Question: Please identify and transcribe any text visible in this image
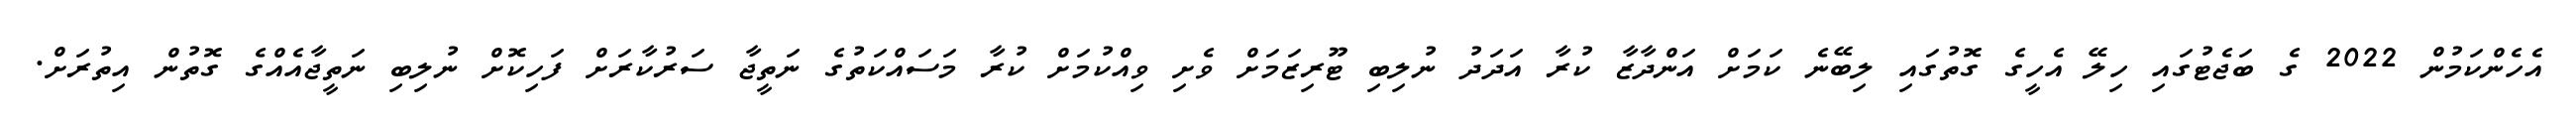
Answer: އެހެންކަމުން 2022 ގެ ބަޖެޓުގައި ހިލޭ އެހީގެ ގޮތުގައި ލިބޭނެ ކަމަށް އަންދާޒާ ކުރާ އަދަދު ނުލިބި ޓޫރިޒަމަށް ވެށި ވިއްކުމަށް ކުރާ މަސައްކަތުގެ ނަތީޖާ ސަރުކާރަށް ފަހިކޮށް ނުލިބި ނަތީޖާއެއްގެ ގޮތުން އިތުރަށް.